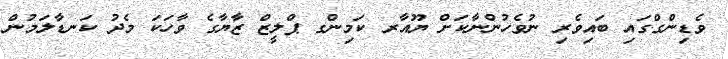
ވެޑިންގްގައި ބައިވެރި ނުވެހުންނާކަށް ޔޫއާރ ކަމިންގ ޕްލީޒް ޒާޔާގެ ވާހަކަ މެދު ކަނޑާލަމުން